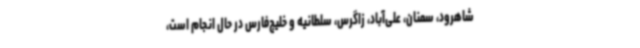
شاهرود، سمنان، علی‌آباد، زاگرس، سلطانیه و خلیج‌فارس در حال انجام است،